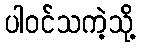
ပါဝင်သကဲ့သို့